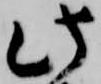
此